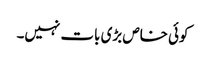
کوئی خاص بڑی بات نہیں۔